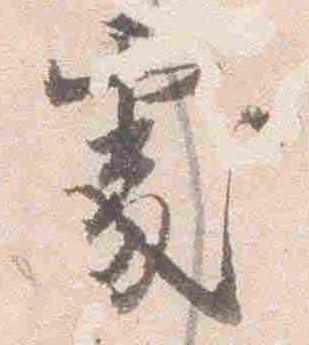
処